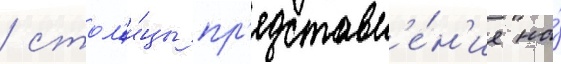
/ стол'и́цы пр'едставл'е́н'ие на́